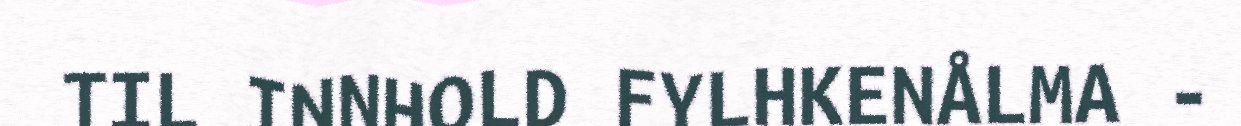
TIL INNHOLD FYLHKENÅLMA -